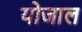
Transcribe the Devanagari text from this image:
योजाल